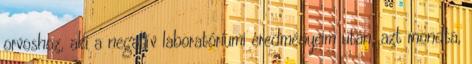
orvoshoz, aki a negatív laboratóriumi eredményeim után, azt mondta,